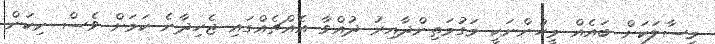
މިސާލަކަށް ބައެއް މީހުންނަކީ މަގުމަތިންދާއިރު ދުއްވާ އެއްޗެއްގައި ޖެހިދާނެ ކަމަށް ވެސް ނިކަން